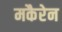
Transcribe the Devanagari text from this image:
मकैरेन